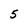
Character: 5